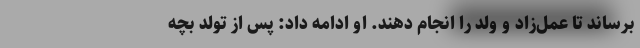
برساند تا عمل‌زاد و ولد را انجام دهند. او ادامه داد: پس از تولد بچه